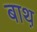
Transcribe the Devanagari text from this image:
बाथ़